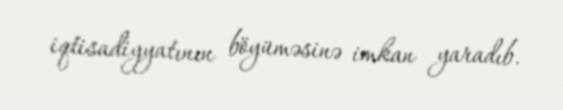
iqtisadiyyatının böyüməsinə imkan yaradıb.